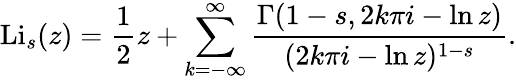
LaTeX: \operatorname{Li}_{s}(z)={\frac{1}{2}}z+\sum_{k=-\infty}^{\infty}{\frac{\Gamma(1-s,2k\pi i-\ln z)}{(2k\pi i-\ln z)^{1-s}}}.